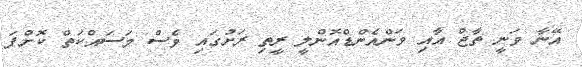
އޭނާ ވަނީ ތާޖް އާއި ވަންއެންޑްއޮންލީ ރީތި ރަށުގައި ވެސް މަސައްކަތް ކޮށްފަ